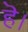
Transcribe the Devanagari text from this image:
हॆ।